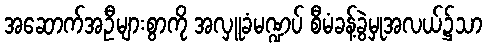
အဆောက်အဦများစွာကို အလှူခံမဏ္ဍပ် စီမံခန့်ခွဲမှုအလယ်၌သာ